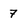
Character: 7